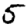
Digit: 5